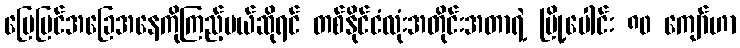
မြေပြင်အခြေအနေကိုကြည့်မယ်ဆိုရင် တစ်နိုင်ငံလုံးအတိုင်းအတာရဲ့ မြို့ပေါင်း ၈၀ ကျော်ဟာ